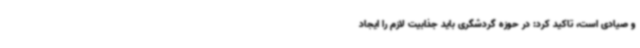
و صیادی است، تاکید کرد: در حوزه گردشگری باید جذابیت لازم را ایجاد